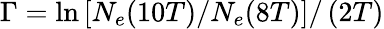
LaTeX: \Gamma=\ln{\left[N_{e}(10T)/N_{e}(8T)\right]}/\left(2T\right)